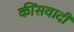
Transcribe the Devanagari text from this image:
कींसवादी